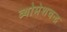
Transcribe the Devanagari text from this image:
व्योमेशचन्द्र